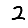
Digit: 2